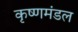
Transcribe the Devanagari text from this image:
कृष्णमंडल